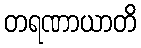
တရဏာယာတိ